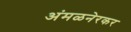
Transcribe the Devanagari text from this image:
अंमळनेरकर